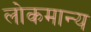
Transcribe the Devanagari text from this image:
लोकमान्‍य